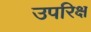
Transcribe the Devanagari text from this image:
उपरिक्ष